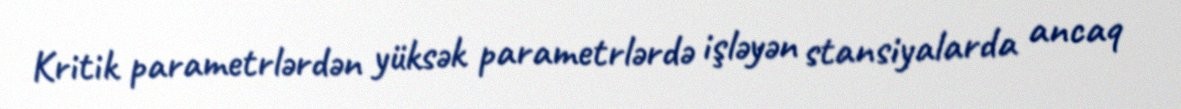
Kritik parametrlərdən yüksək parametrlərdə işləyən stansiyalarda ancaq